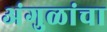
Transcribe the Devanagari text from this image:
अंगुळांचा